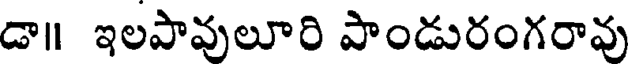
డా॥ ఇలపావులూరి పాండురంగరావు